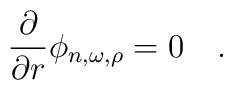
{\partial \over \partial r}\phi_{n,\omega,\rho}=0~~~.